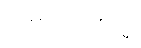
အရဟသမ္ဗုဒ္ဓေါ